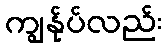
ကျွန်ုပ်လည်း